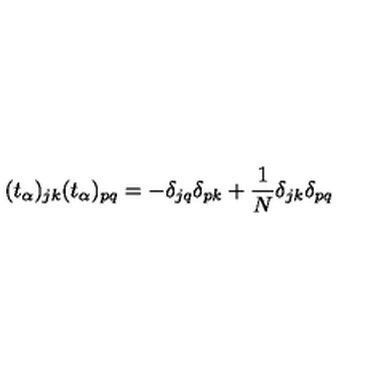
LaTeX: ( t _ { \alpha } ) _ { j k } ( t _ { \alpha } ) _ { p q } = - \delta _ { j q } \delta _ { p k } + \frac { 1 } { N } \delta _ { j k } \delta _ { p q }